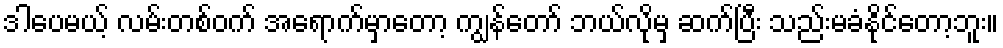
ဒါပေမယ့် လမ်းတစ်ဝက် အရောက်မှာတော့ ကျွန်တော် ဘယ်လိုမှ ဆက်ပြီး သည်းမခံနိုင်တော့ဘူး။